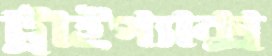
ট্রাইপ্যাক্স